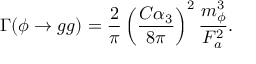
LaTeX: \Gamma ( \phi \rightarrow g g ) = \frac { 2 } { \pi } \left( \frac { C \alpha _ { 3 } } { 8 \pi } \right) ^ { 2 } \frac { m _ { \phi } ^ { 3 } } { F _ { a } ^ { 2 } } .